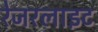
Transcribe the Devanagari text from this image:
रेजरलाइट